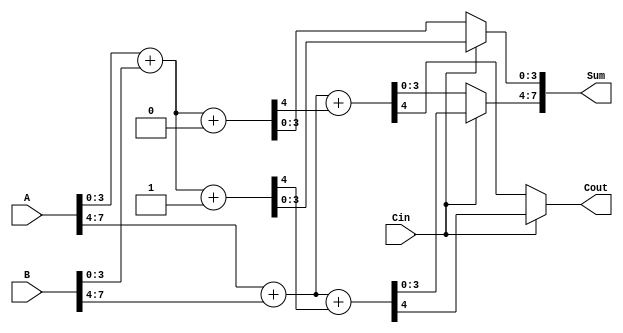
module CarrySelectAdder (
    input [7:0] A,      // 8-bit input A
    input [7:0] B,      // 8-bit input B
    input Cin,          // Carry-in
    output [7:0] Sum,   // 8-bit Sum output
    output Cout         // Carry-out
);

    // Parameters
    parameter SEGMENT_SIZE = 4;

    // Internal wires for sums and carries
    wire [SEGMENT_SIZE-1:0] sum0_seg0, sum1_seg0;
    wire [SEGMENT_SIZE-1:0] sum0_seg1, sum1_seg1;
    
    wire carry0_seg0, carry1_seg0;
    wire carry0_seg1, carry1_seg1;

    // Adders for segment 0 (LSB)
    assign {carry0_seg0, sum0_seg0} = A[3:0] + B[3:0] + 1'b0; // Cin = 0
    assign {carry1_seg0, sum1_seg0} = A[3:0] + B[3:0] + 1'b1; // Cin = 1

    // Adders for segment 1 (MSB)
    assign {carry0_seg1, sum0_seg1} = A[7:4] + B[7:4] + carry0_seg0; // Cin = carry from seg0 with Cin = 0
    assign {carry1_seg1, sum1_seg1} = A[7:4] + B[7:4] + carry1_seg0; // Cin = carry from seg0 with Cin = 1

    // MUX to select the correct sum for segment 0
    wire [SEGMENT_SIZE-1:0] selected_sum0;
    assign selected_sum0 = Cin ? sum1_seg0 : sum0_seg0;

    // MUX to select the correct sum for segment 1
    assign Sum[3:0] = selected_sum0;
    assign Sum[7:4] = Cin ? sum1_seg1 : sum0_seg1;

    // Final carry out
    assign Cout = Cin ? carry1_seg1 : carry0_seg1;

endmodule